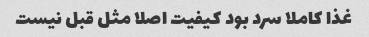
غذا کاملا سرد بود کیفیت اصلا مثل قبل نیست